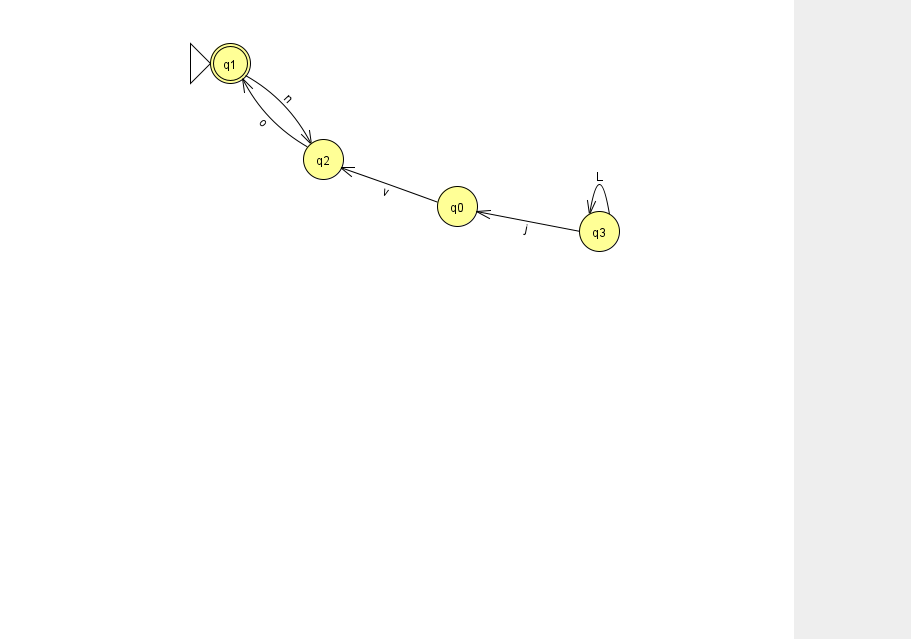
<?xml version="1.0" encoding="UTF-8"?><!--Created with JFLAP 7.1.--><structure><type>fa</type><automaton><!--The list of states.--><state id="0" name="q0"><x>457.0</x><y>193.0</y></state><state id="1" name="q1"><x>230.0</x><y>50.0</y><initial/><final/></state><state id="2" name="q2"><x>323.0</x><y>146.0</y></state><state id="3" name="q3"><x>599.0</x><y>218.0</y></state><!--The list of transitions.--><transition><from>0</from><to>2</to><read>v</read></transition><transition><from>2</from><to>1</to><read>o</read></transition><transition><from>1</from><to>2</to><read>n</read></transition><transition><from>3</from><to>3</to><read>L</read></transition><transition><from>3</from><to>0</to><read>j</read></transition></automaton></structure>